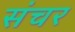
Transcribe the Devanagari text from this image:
संचर